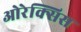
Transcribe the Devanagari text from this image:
ओरेक्सिस